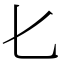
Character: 𠤎